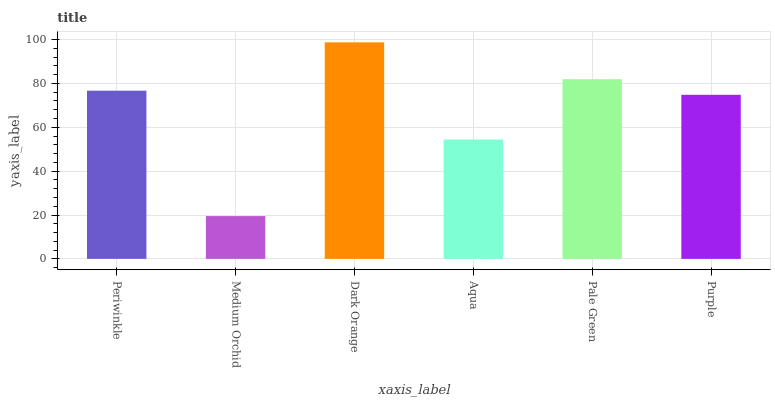
| xaxis_label | bars |
 | --- | --- |
 | Periwinkle | 76.7 |
 | Medium Orchid | 19.5 |
 | Dark Orange | 98.8 |
 | Aqua | 54.4 |
 | Pale Green | 81.9 |
 | Purple | 74.8 |